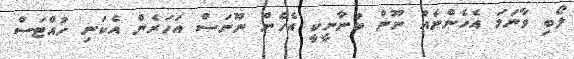
ލޯބި ވާނަމަ އެހެންނެއް ނޫން ބުނާނީކީ އެހެން ނޫނަސް އަހަރެން އެކަނި ހުއްޓަސް